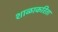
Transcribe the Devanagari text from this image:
शाळाकरिता